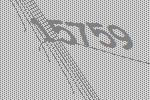
15759